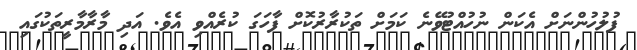
ފުލުހުންނަށް އެކަން ނުހުއްޓުވޭނެ ކަމަށް ތަކުރާރުކޮށް ފާހަގަ ކުރެއްވި އެވެ. އަދި މާރާމާރީތަކުގައި